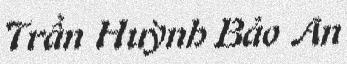
Trần Huỳnh Bảo An